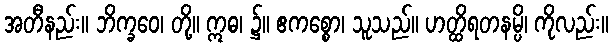
အတီနည်း။ ဘိက္ခဝေ၊ တို့။ ဣဓ၊ ၌။ ဧကစ္စော၊ သူသည်။ ဟတ္ထိရတနမ္ပိ၊ ကိုလည်း။